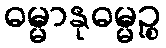
ဓမ္မာနုဓမ္မဉ္စ